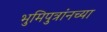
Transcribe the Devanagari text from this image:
भुमिपुत्रांनच्या